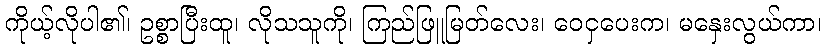
ကိုယ့်လိုပါ၏၊ ဥစ္စာပြီးထူ၊ လိုသသူကို၊ ကြည်ဖြူမြတ်လေး၊ ဝေငှပေးက၊ မနှေးလွယ်ကာ၊